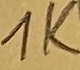
Text: 1K